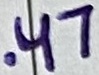
Text: .47